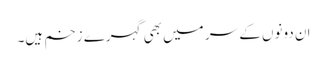
ان دونوں کے سر میں بھی گہرے زخم ہیں۔